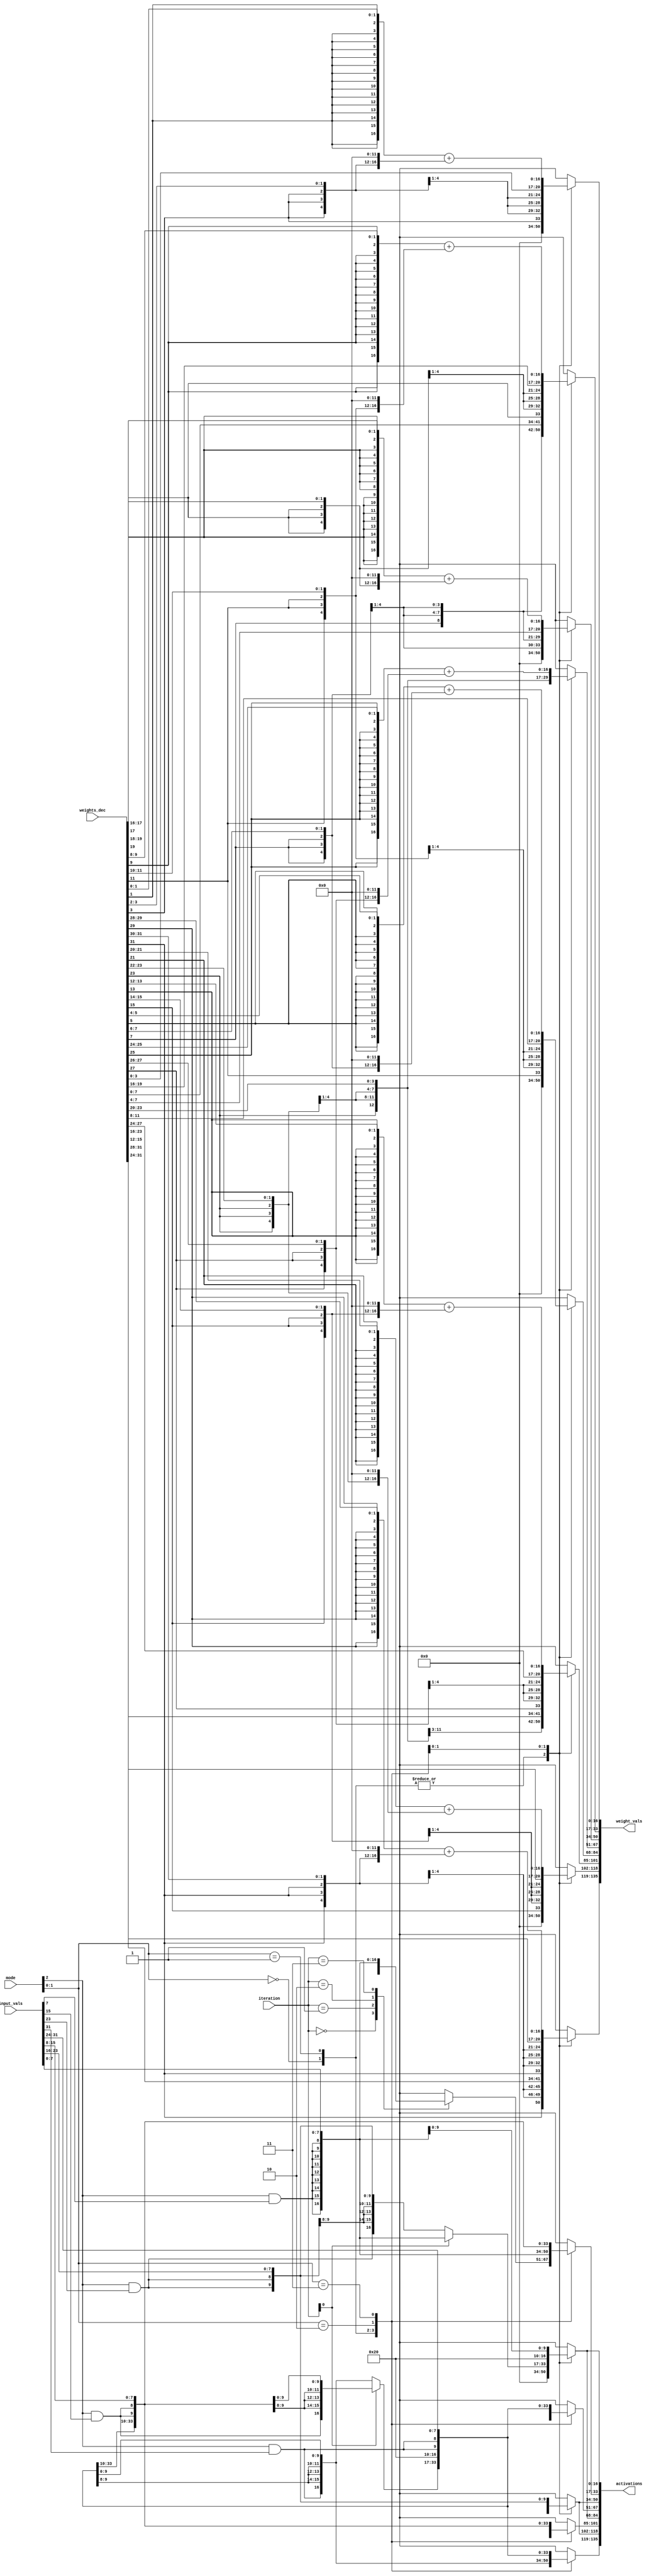
module neur_decoder (
	iteration,
	mode,
	weights_dec,
	input_vals,
	weight_vals,
	activations
);
	input wire [1:0] iteration;
	input wire [2:0] mode;
	input wire [31:0] weights_dec;
	input wire [31:0] input_vals;
	output wire [135:0] weight_vals;
	output wire [135:0] activations;
	reg [16:0] w_vals [0:7];
	reg [16:0] a_vals [0:7];
	genvar i;
	generate
		for (i = 0; i < 4; i = i + 1) begin : genblk1
			assign weight_vals[(7 - (2 * i)) * 17+:17] = w_vals[2 * i];
			assign weight_vals[(7 - ((2 * i) + 1)) * 17+:17] = w_vals[(2 * i) + 1];
			assign activations[(7 - (2 * i)) * 17+:17] = a_vals[2 * i];
			assign activations[(7 - ((2 * i) + 1)) * 17+:17] = a_vals[(2 * i) + 1];
		end
	endgenerate
	wire [16:0] input_values [0:3];
	wire [2:0] weights_temp_mode_3 [0:15];
	wire signed_input;
	assign signed_input = mode[2];
	generate
		for (i = 0; i < 4; i = i + 1) begin : genblk2
			assign input_values[3 - i] = {{9 {signed_input & input_vals[(8 * (i + 1)) - 1]}}, input_vals[i * 8+:8]};
		end
		for (i = 0; i < 16; i = i + 1) begin : genblk3
			assign weights_temp_mode_3[15 - i] = {weights_dec[(2 * (i + 1)) - 1], weights_dec[i * 2+:2]};
		end
	endgenerate
	always @(*)
		case (mode[1:0])
			2'b00: begin
				w_vals[0] = {{9 {weights_dec[31]}}, weights_dec[31:24]};
				w_vals[1] = 0;
				w_vals[2] = {{9 {weights_dec[23]}}, weights_dec[23:16]};
				w_vals[3] = 0;
				w_vals[4] = {{9 {weights_dec[15]}}, weights_dec[15:8]};
				w_vals[5] = 0;
				w_vals[6] = {{9 {weights_dec[7]}}, weights_dec[7:0]};
				w_vals[7] = 0;
				a_vals[0] = input_values[iteration];
				a_vals[1] = 0;
				a_vals[2] = input_values[iteration];
				a_vals[3] = 0;
				a_vals[4] = input_values[iteration];
				a_vals[5] = 0;
				a_vals[6] = input_values[iteration];
				a_vals[7] = 0;
			end
			2'b01: begin
				w_vals[0] = {{9 {weights_dec[31]}}, weights_dec[31:24]};
				w_vals[1] = 0;
				w_vals[2] = {{9 {weights_dec[23]}}, weights_dec[23:16]};
				w_vals[3] = 0;
				w_vals[4] = {{9 {weights_dec[15]}}, weights_dec[15:8]};
				w_vals[5] = 0;
				w_vals[6] = {{9 {weights_dec[7]}}, weights_dec[7:0]};
				w_vals[7] = 0;
				a_vals[0] = input_values[0];
				a_vals[1] = 0;
				a_vals[2] = input_values[1];
				a_vals[3] = 0;
				a_vals[4] = input_values[2];
				a_vals[5] = 0;
				a_vals[6] = input_values[3];
				a_vals[7] = 0;
			end
			2'b10: begin
				w_vals[0] = {{13 {weights_dec[31]}}, weights_dec[31:28]};
				w_vals[1] = {{13 {weights_dec[15]}}, weights_dec[15:12]};
				w_vals[2] = {{13 {weights_dec[27]}}, weights_dec[27:24]};
				w_vals[3] = {{13 {weights_dec[11]}}, weights_dec[11:8]};
				w_vals[4] = {{13 {weights_dec[23]}}, weights_dec[23:20]};
				w_vals[5] = {{13 {weights_dec[7]}}, weights_dec[7:4]};
				w_vals[6] = {{13 {weights_dec[19]}}, weights_dec[19:16]};
				w_vals[7] = {{13 {weights_dec[3]}}, weights_dec[3:0]};
				a_vals[0] = (iteration[0] ? input_values[2] : input_values[0]);
				a_vals[1] = (iteration[0] ? input_values[3] : input_values[1]);
				a_vals[2] = (iteration[0] ? input_values[2] : input_values[0]);
				a_vals[3] = (iteration[0] ? input_values[3] : input_values[1]);
				a_vals[4] = (iteration[0] ? input_values[2] : input_values[0]);
				a_vals[5] = (iteration[0] ? input_values[3] : input_values[1]);
				a_vals[6] = (iteration[0] ? input_values[2] : input_values[0]);
				a_vals[7] = (iteration[0] ? input_values[3] : input_values[1]);
			end
			2'b11: begin
				w_vals[0] = {{14 {weights_temp_mode_3[1][2]}}, weights_temp_mode_3[1]} + {{2 {weights_temp_mode_3[0][2]}}, weights_temp_mode_3[0], 12'b000000000000};
				w_vals[1] = {{14 {weights_temp_mode_3[5][2]}}, weights_temp_mode_3[5]} + {{2 {weights_temp_mode_3[4][2]}}, weights_temp_mode_3[4], 12'b000000000000};
				w_vals[2] = {{14 {weights_temp_mode_3[9][2]}}, weights_temp_mode_3[9]} + {{2 {weights_temp_mode_3[8][2]}}, weights_temp_mode_3[8], 12'b000000000000};
				w_vals[3] = {{14 {weights_temp_mode_3[13][2]}}, weights_temp_mode_3[13]} + {{2 {weights_temp_mode_3[12][2]}}, weights_temp_mode_3[12], 12'b000000000000};
				w_vals[4] = {{14 {weights_temp_mode_3[3][2]}}, weights_temp_mode_3[3]} + {{2 {weights_temp_mode_3[2][2]}}, weights_temp_mode_3[2], 12'b000000000000};
				w_vals[5] = {{14 {weights_temp_mode_3[7][2]}}, weights_temp_mode_3[7]} + {{2 {weights_temp_mode_3[6][2]}}, weights_temp_mode_3[6], 12'b000000000000};
				w_vals[6] = {{14 {weights_temp_mode_3[11][2]}}, weights_temp_mode_3[11]} + {{2 {weights_temp_mode_3[10][2]}}, weights_temp_mode_3[10], 12'b000000000000};
				w_vals[7] = {{14 {weights_temp_mode_3[15][2]}}, weights_temp_mode_3[15]} + {{2 {weights_temp_mode_3[14][2]}}, weights_temp_mode_3[14], 12'b000000000000};
				a_vals[0] = {7'b0100000, input_values[0][9:0]};
				a_vals[1] = {7'b0100000, input_values[1][9:0]};
				a_vals[2] = {7'b0100000, input_values[2][9:0]};
				a_vals[3] = {7'b0100000, input_values[3][9:0]};
				a_vals[4] = {7'b0100000, input_values[0][9:0]};
				a_vals[5] = {7'b0100000, input_values[1][9:0]};
				a_vals[6] = {7'b0100000, input_values[2][9:0]};
				a_vals[7] = {7'b0100000, input_values[3][9:0]};
			end
		endcase
endmodule